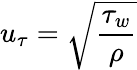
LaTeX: u_{\tau}=\sqrt{\frac{\tau_{w}}{\rho}}